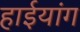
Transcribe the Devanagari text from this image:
हाईयांग